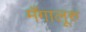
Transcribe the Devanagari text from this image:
मँगालूरु